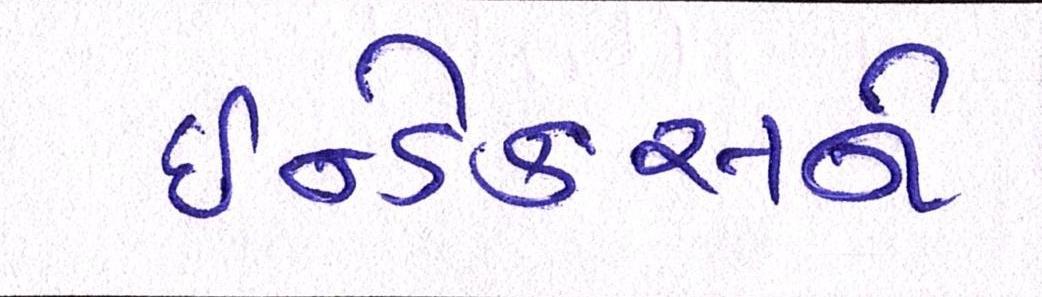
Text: ઇન્ડેક્સને